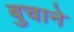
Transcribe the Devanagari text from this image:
बुचाने